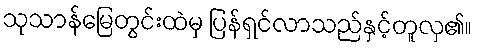
သုသာန်မြေတွင်းထဲမှ ပြန်ရှင်လာသည်နှင့်တူလှ၏။